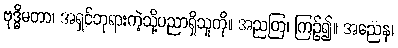
ဗုဒ္ဓိမတာ၊ အရှင်ဘုရားကဲ့သို့ပညာရှိသူကို။ အညတြ၊ ကြဉ်၍။ အညေန၊